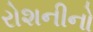
રોશનીનો